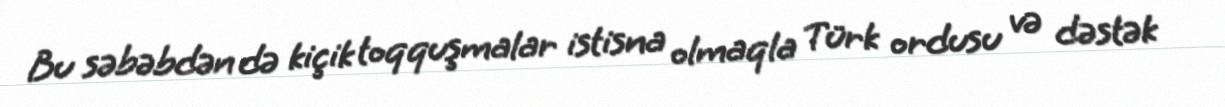
Bu səbəbdən də kiçik toqquşmalar istisna olmaqla Türk ordusu və dəstək